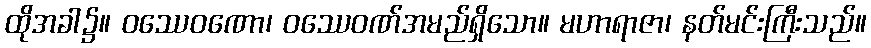
ထိုအခါ၌။ ဝဿေဝဏော၊ ဝဿေဝဏ်အမည်ရှိသော။ မဟာရာဇာ၊ နတ်မင်းကြီးသည်။